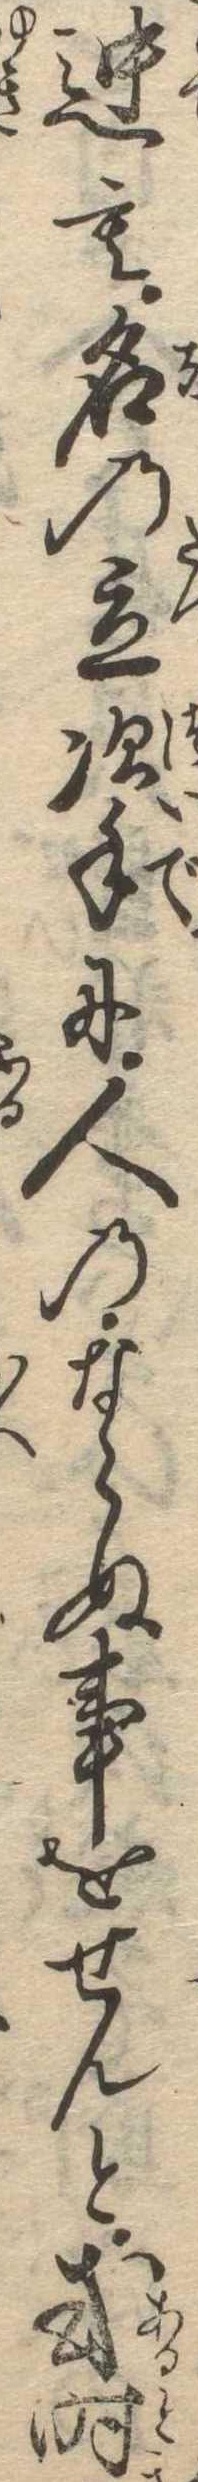
迚も名の立次手に人のならぬ事をせんと或時